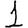
Digit: 1